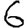
Digit: 6